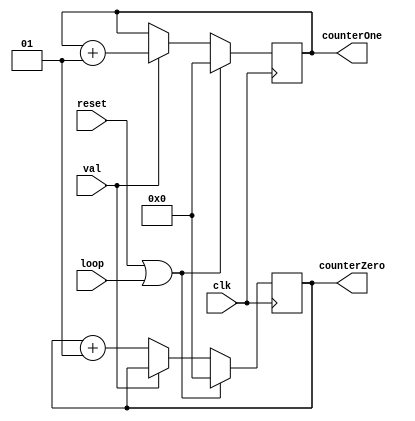
//`timescale 1ns / 1ps
//////////////////////////////////////////////////////////////////////////////////
// Company: Trinity College Dublin
// 
// Module Name: tracker.v
// 
//////////////////////////////////////////////////////////////////////////////////

module tracker (
    input wire val,
    input clk, reset,
    input loop,
    output integer counterOne, counterZero
);

    // Enter loop every positive edge of clock 
    always @(posedge clk) begin
        // Increment the correct counter
        if (val == 1'b1) counterOne = counterOne + 1;
        else counterZero = counterZero + 1;
        // reset counter if either of these conditions are met
        if (reset == 1 || loop == 1) begin counterOne = 0;counterZero = 0; end
    end
        
    initial begin counterOne = 0; counterZero = 0; end 

endmodule